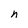
Character: n